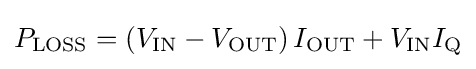
P_{\text{LOSS}}=\left(V_{\text{IN}}-V_{\text{OUT}}\right)I_{\text{OUT}}+V_{\text{IN}}I_{\text{Q}}